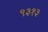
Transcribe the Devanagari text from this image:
९३१३